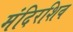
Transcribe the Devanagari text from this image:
मंदिरशिव